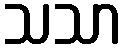
သသာ